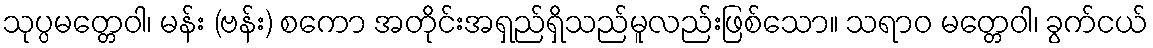
သုပ္ပမတ္တေဝါ၊ မန်း (ဗန်း) စကော အတိုင်းအရှည်ရှိသည်မူလည်းဖြစ်သော။ သရာဝ မတ္တေဝါ၊ ခွက်ငယ်